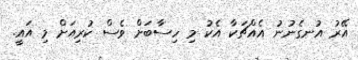
އޭރު އުނގެނުނު އެއްޗަކާ އެކު މި ހިސާބަށް ވެސް ކުރިއަށް މި އައީ.